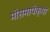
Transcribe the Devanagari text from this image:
मोसमापेक्षा